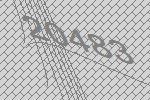
20483